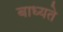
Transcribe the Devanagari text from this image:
बाध्यते